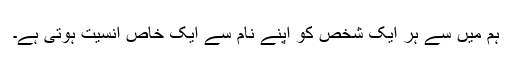
ہم میں سے ہر ایک شخص کو اپنے نام سے ایک خاص انسیت ہوتی ہے۔